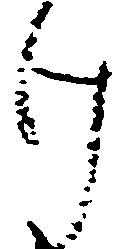
け